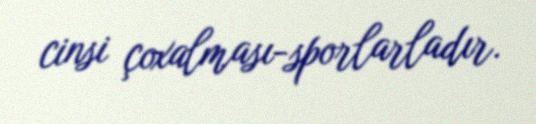
cinsi çoxalması-sporlarladır.